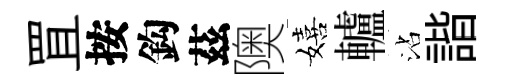
罝按鈎茲隩嬉轤沾諧